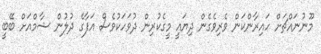
މޫނުނައްޗަށް ހައިރާންކަން ވެރިވެގެން ދިޔައީ މީގެކުރިން ދުވަހަކުވެސް އަފާގެ ދުލުން ޝާމްއަށް ބޭބީ